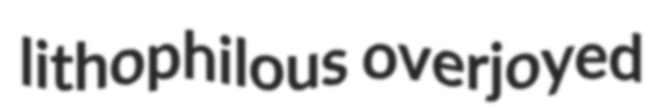
lithophilous overjoyed